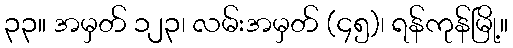
၃၃။ အမှတ် ၁၂၃၊ လမ်းအမှတ် (၄၅)၊ ရန်ကုန်မြို့။